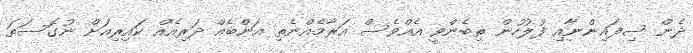
ދެން ސިފައިންނާއި ފުލުހުން ތިބެންވީ އެއްވެސް އަރާމެއްނެތި އަންބެއް ދަރިއެއް ކައިރިއަށް ނުގޮސަތަ